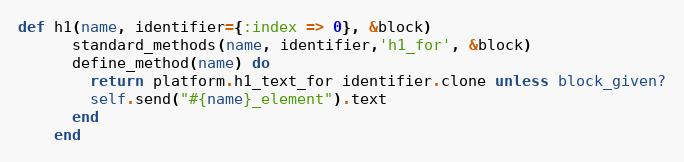
Language: Ruby
def h1(name, identifier={:index => 0}, &block)
      standard_methods(name, identifier,'h1_for', &block)
      define_method(name) do
        return platform.h1_text_for identifier.clone unless block_given?
        self.send("#{name}_element").text
      end
    end